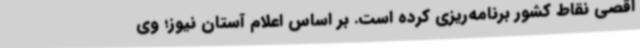
اقصی نقاط کشور برنامه‌ریزی کرده است. بر اساس اعلام آستان نیوز؛ وی